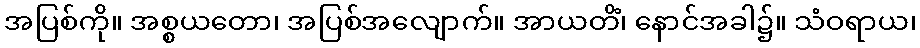
အပြစ်ကို။ အစ္စယတော၊ အပြစ်အလျောက်။ အာယတိံ၊ နောင်အခါ၌။ သံဝရာယ၊